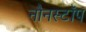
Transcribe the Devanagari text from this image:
नौनस्टॉप